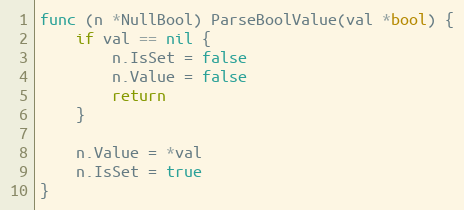
Language: Go
func (n *NullBool) ParseBoolValue(val *bool) {
	if val == nil {
		n.IsSet = false
		n.Value = false
		return
	}

	n.Value = *val
	n.IsSet = true
}